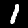
Label: 1